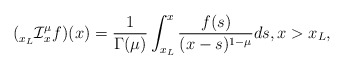
\begin{align*}(\prescript{}{x_L}{\mathcal{I}}_{x}^{\mu}f)(x)=\frac1{\Gamma(\mu)}\int_{x_L}^x\frac{f(s)}{(x-s)^{1-\mu}}ds,x>x_L,\end{align*}